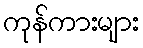
ကုန်ကားများ